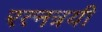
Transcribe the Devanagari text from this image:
रत्नत्रयी